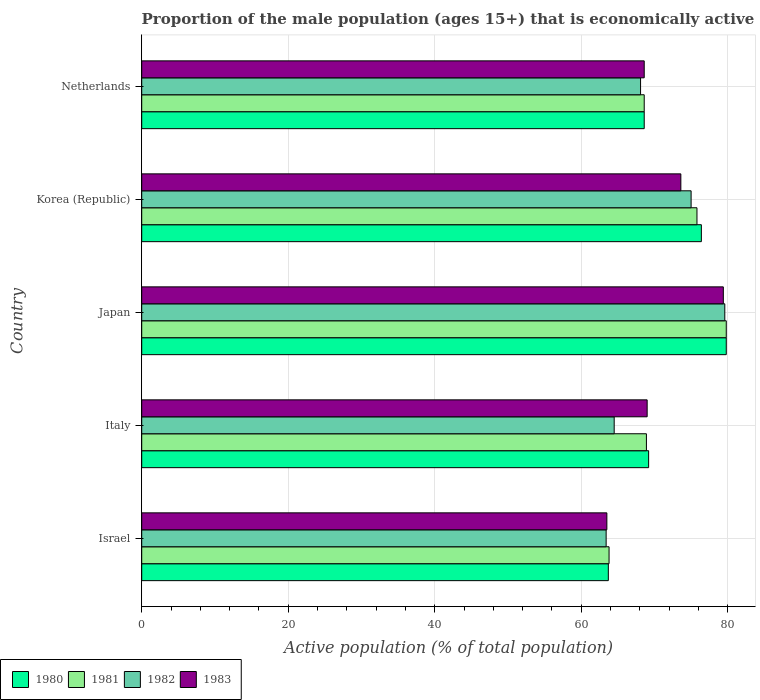
| Country | 1980 | 1981 | 1982 | 1983 |
 | --- | --- | --- | --- | --- |
 | Israel | 63.7 | 63.8 | 63.4 | 63.5 |
 | Italy | 69.2 | 68.9 | 64.5 | 69 |
 | Japan | 79.8 | 79.8 | 79.6 | 79.4 |
 | Korea (Republic) | 76.4 | 75.8 | 75 | 73.6 |
 | Netherlands | 68.6 | 68.6 | 68.1 | 68.6 |